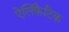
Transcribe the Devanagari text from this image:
ऐलिफ़ैटिक